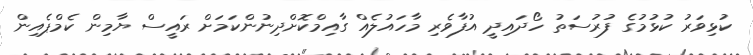
ކުޅިވަރު ކުޅުމުގެ ފުރުސަތު ހޯދައިދީ އުފާވެރި މާހައުލެއް ގާއިމްކޮށްދިނުންކަމަށް ރައީސް ޔާމިން ކެމްޕެއިން